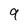
Character: 9